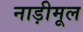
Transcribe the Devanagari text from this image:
नाड़ीमूल